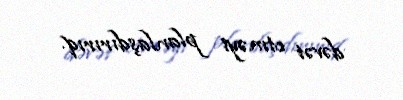
dəvət etməyi planlaşdırırıq.